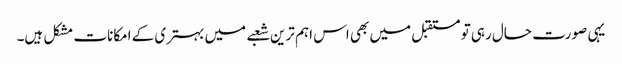
یہی صورت حال رہی تو مستقبل میں بھی اس اہم ترین شعبے میں بہتری کے امکانات مشکل ہیں۔